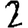
Digit: 2